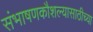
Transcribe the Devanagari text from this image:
संभाषणकौशल्यासाठीच्या